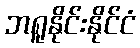
ဘရူနိုင်းနိုင်ငံ